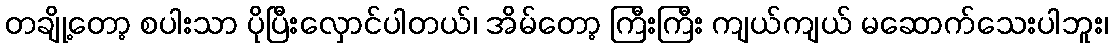
တချို့တော့ စပါးသာ ပိုပြီးလှောင်ပါတယ်၊ အိမ်တော့ ကြီးကြီး ကျယ်ကျယ် မဆောက်သေးပါဘူး၊